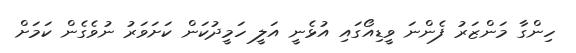
ހިންގާ މަންޒަރު ފެންނަ ވީޑިއޯގައި އުޅެނީ އަލީ ހަމީދުކަން ކަށަވަރު ނުވެގެން ކަމަށް